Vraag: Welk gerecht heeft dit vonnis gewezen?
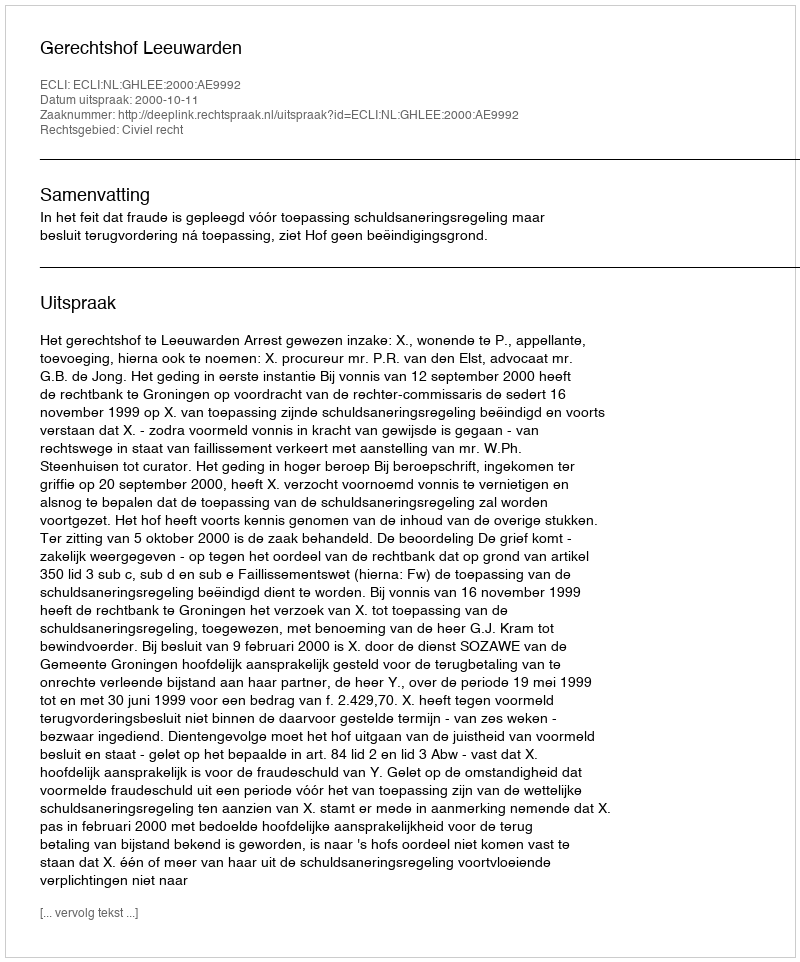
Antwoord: Gerechtshof Leeuwarden